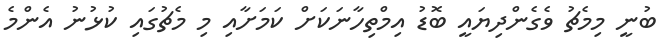
ބުނީ މިމެޗު ވެގެންދިޔައީ ބޮޑު އިމްތިހާނަކަށް ކަމަށާއި މި މެޗުގައި ކުޅުނު އެންމެ